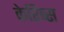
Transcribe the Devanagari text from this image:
केरिब्स